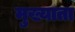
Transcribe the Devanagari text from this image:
मुख्याता